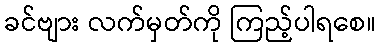
ခင်ဗျား လက်မှတ်ကို ကြည့်ပါရစေ။